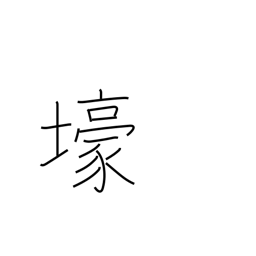
Meaning: trench